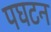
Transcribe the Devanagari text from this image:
पघटन